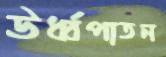
ঊর্ধ্বপাতন